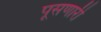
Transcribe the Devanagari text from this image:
पूसणारी